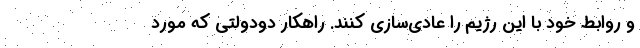
و روابط خود با این رژیم را عادی‌سازی کنند. راهکار دودولتی که مورد